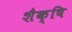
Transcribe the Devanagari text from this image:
शैक्षि